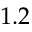
1 . 2